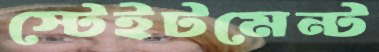
স্টেইটমেন্ট